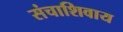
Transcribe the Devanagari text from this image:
संचाशिवाय